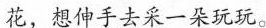
花，想伸手去采一朵玩玩。